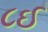
૮ઈ